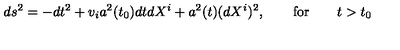
d s ^ { 2 } = - d t ^ { 2 } + v _ { i } a ^ { 2 } ( t _ { 0 } ) d t d X ^ { i } + a ^ { 2 } ( t ) ( d X ^ { i } ) ^ { 2 } , \qquad \mathrm { f o r } \qquad t > t _ { 0 }